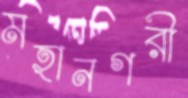
মহানগরী